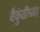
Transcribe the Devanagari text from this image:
वैकुंठीच्या